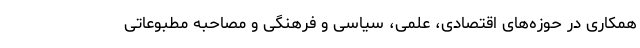
همکاری در حوزه‌های اقتصادی، علمی، سیاسی و فرهنگی و مصاحبه مطبوعاتی